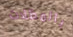
بالمظلات